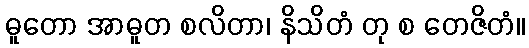
ဓူတော အာဓူတ စလိတာ၊ နိသိတံ တု စ တေဇိတံ။